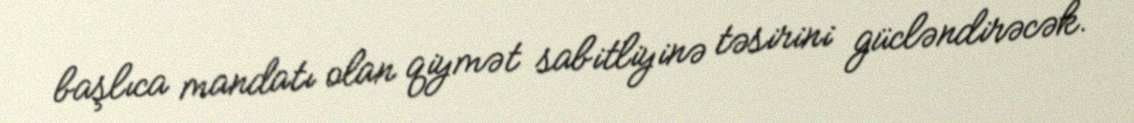
başlıca mandatı olan qiymət sabitliyinə təsirini gücləndirəcək.